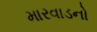
મારવાડનો